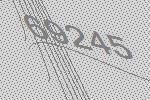
69245